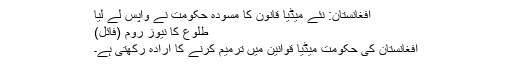
افغانستان: نئے میڈیا قانون کا مسودہ حکومت نے واپس لے لیا
طلوع کا نیوز روم (فائل)
افغانستان کی حکومت میڈیا قوانین میں ترمیم کرنے کا ارادہ رکھتی ہے۔